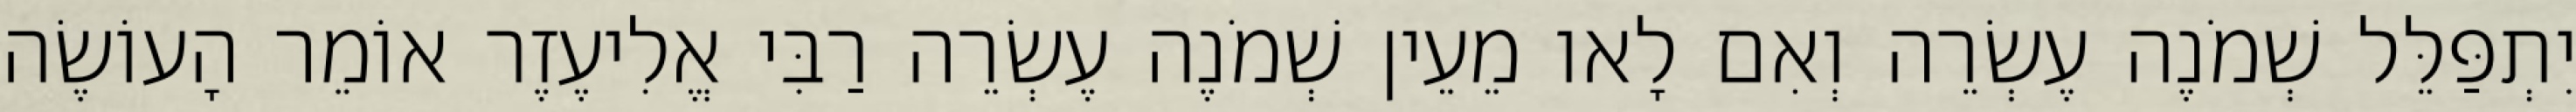
יִתְפַּלֵּל שְׁמֹנֶה עֶשְׂרֵה וְאִם לָאו מֵעֵין שְׁמֹנֶה עֶשְׂרֵה רַבִּי אֱלִיעֶזֶר אוֹמֵר הָעוֹשֶׂה